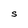
Character: S